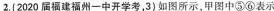
2. (2020届福建福州一中开学考，3)如图所示，甲图中⑤⑥表示